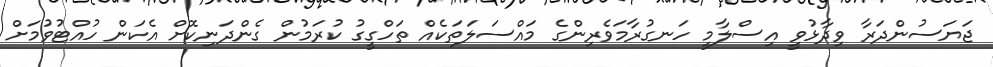
ޖަޔަސުންދަރާ ވިދާޅުވީ އިސްލާމީ ހަނގުރާމަވެރިންގެ މައްސަލަތަކެއް ތަހްގީގު ކުރަމުން ގެންދަނިކޮށް އެކަން ހުއްޓުވުމަށް